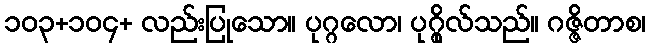
၁၀၃+၁၀၄+ လည်းပြုသော။ ပုဂ္ဂလော၊ ပုဂ္ဂိုလ်သည်။ ဂဇ္ဇိတာစ၊